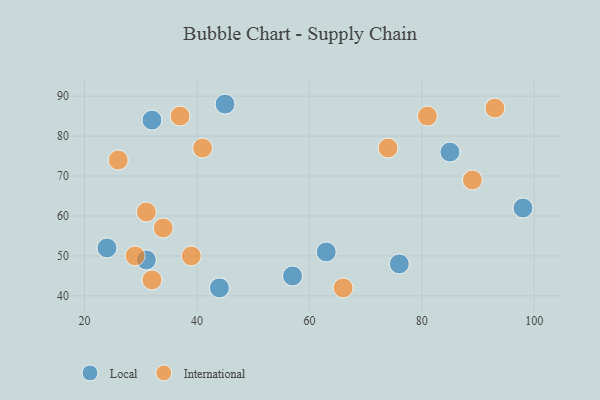
{"axis": {"x": "GDP", "y": "Life Expectancy"}, "legend": ["International", "Local"], "data": [{"x": "85", "y": 76, "type": "Local"}, {"x": "45", "y": 88, "type": "Local"}, {"x": "76", "y": 48, "type": "Local"}, {"x": "31", "y": 49, "type": "Local"}, {"x": "57", "y": 45, "type": "Local"}, {"x": "32", "y": 84, "type": "Local"}, {"x": "98", "y": 62, "type": "Local"}, {"x": "44", "y": 42, "type": "Local"}, {"x": "63", "y": 51, "type": "Local"}, {"x": "24", "y": 52, "type": "Local"}, {"x": "89", "y": 69, "type": "International"}, {"x": "32", "y": 44, "type": "International"}, {"x": "39", "y": 50, "type": "International"}, {"x": "26", "y": 74, "type": "International"}, {"x": "37", "y": 85, "type": "International"}, {"x": "41", "y": 77, "type": "International"}, {"x": "81", "y": 85, "type": "International"}, {"x": "34", "y": 57, "type": "International"}, {"x": "93", "y": 87, "type": "International"}, {"x": "29", "y": 50, "type": "International"}, {"x": "31", "y": 61, "type": "International"}, {"x": "74", "y": 77, "type": "International"}, {"x": "66", "y": 42, "type": "International"}]}